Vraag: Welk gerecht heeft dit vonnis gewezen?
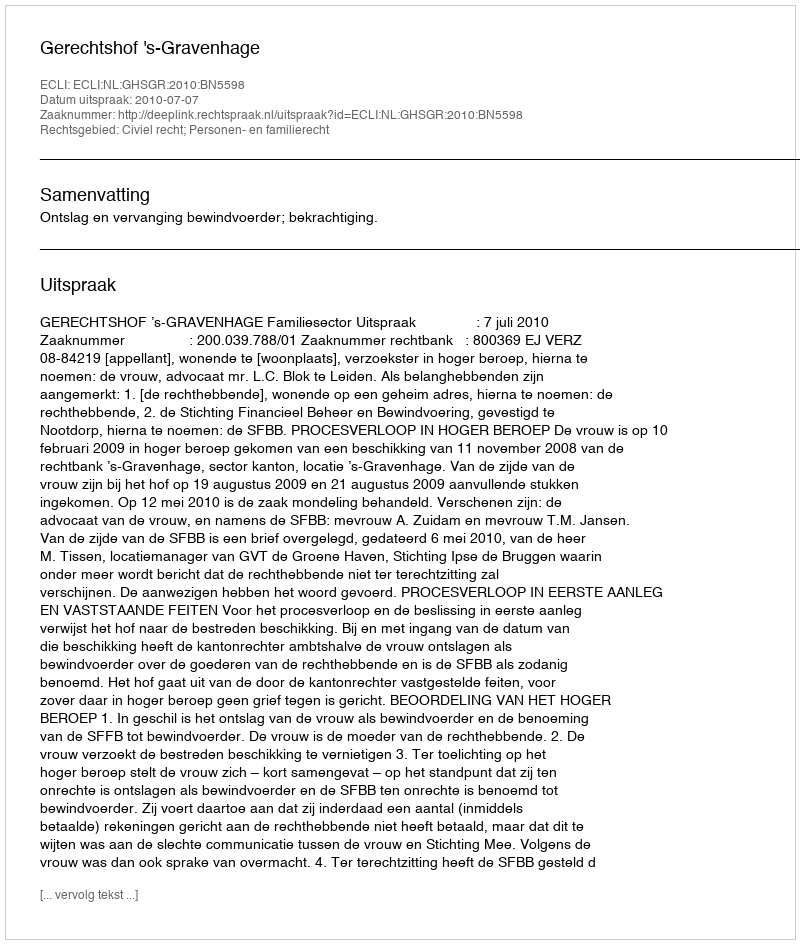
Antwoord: Gerechtshof 's-Gravenhage